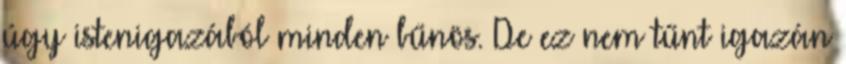
úgy istenigazából minden bűnös. De ez nem tűnt igazán